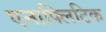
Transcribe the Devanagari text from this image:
एनाफ्लिटिक